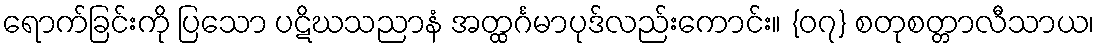
ရောက်ခြင်းကို ပြသော ပဋိဃသညာနံ အတ္ထင်္ဂမာပုဒ်လည်းကောင်း။ {၀၇} စတုစတ္တာလီသာယ၊